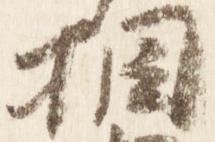
相